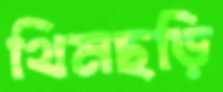
থিমছড়ি